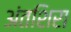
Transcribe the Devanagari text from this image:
अंतशिरा